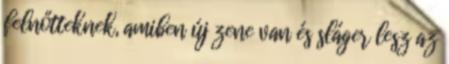
felnőtteknek, amiben új zene van és sláger lesz az